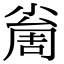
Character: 𡮚